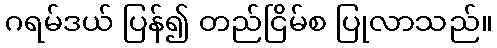
ဂရမ်ဒယ် ပြန်၍ တည်ငြိမ်စ ပြုလာသည်။